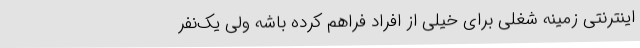
اینترنتی زمینه شغلی برای خیلی از افراد فراهم کرده باشه ولی یک‌نفر